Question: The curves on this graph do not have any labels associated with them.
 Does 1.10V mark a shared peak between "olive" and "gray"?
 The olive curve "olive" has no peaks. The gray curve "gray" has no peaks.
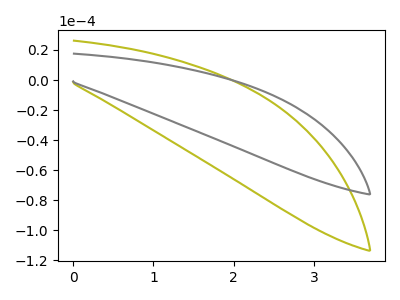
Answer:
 <answer>No, "olive" and "gray" dont share a peak at 1.10V.</answer>
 <eval>mismatch</eval>